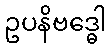
ဥပနိဗဒ္ဓေါ